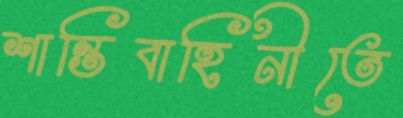
শান্তিবাহিনীতে